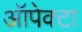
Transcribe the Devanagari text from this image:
ऑपेक्टा